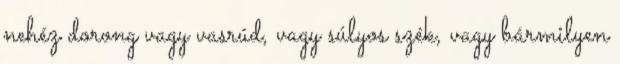
nehéz dorong vagy vasrúd, vagy súlyos szék, vagy bármilyen